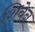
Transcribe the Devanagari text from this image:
शिवेन